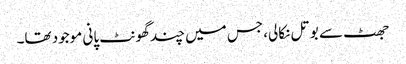
جھٹ سے بوتل نکالی، جس میں چند گھونٹ پانی موجود تھا۔